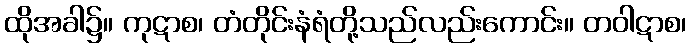
ထိုအခါ၌။ ကုဋာစ၊ တံတိုင်းနံရံတို့သည်လည်းကောင်း။ တဝါဋာစ၊